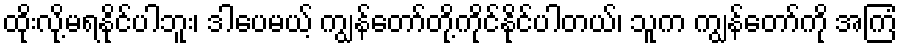
ထိုးလို့မရနိုင်ပါဘူး၊ ဒါပေမယ့် ကျွန်တော်တို့ကိုင်နိုင်ပါတယ်၊ သူက ကျွန်တော်ကို အကြံ